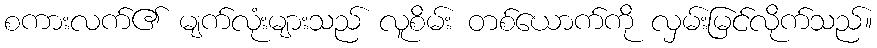
စကားလက်၏ မျက်လုံးများသည် လူစိမ်း တစ်ယောက်ကို လှမ်းမြင်လိုက်သည်။